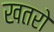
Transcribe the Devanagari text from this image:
खतरो